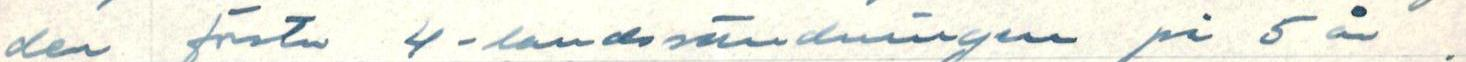
den första 4-landssändningen på 5 år.